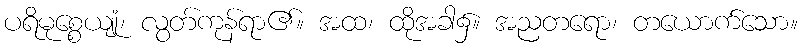
ပရိမုစ္စေယျုံ၊ လွတ်ကုန်ရာ၏။ အထ၊ ထိုအခါ၌။ အညတရော၊ တယောက်သော။